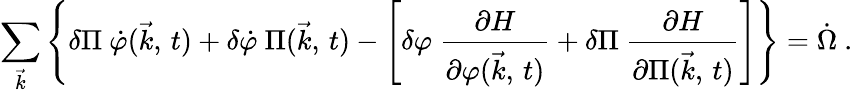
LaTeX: \sum_{\vec{k}}\left\{ \delta\Pi\ \dot{\varphi}(\vec{k},\, t)+\delta\dot{\varphi}\ \Pi(\vec{k},\, t)-\left[\delta\varphi\ {\frac{\partial H}{\partial\varphi(\vec{k},\, t)}}+\delta\Pi\ {\frac{\partial H}{\partial\Pi(\vec{k},\, t)}}\right]\right\} =\dot{\Omega}\ .